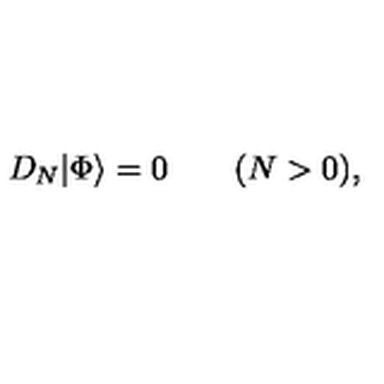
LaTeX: D _ { N } | \mathrm { \Phi } \rangle = 0 \qquad ( N > 0 ) ,